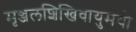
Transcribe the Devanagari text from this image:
मृञ्जलशिखिवायुमयो